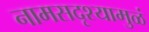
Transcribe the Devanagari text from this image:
नामसद्रृश्यामुळं